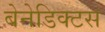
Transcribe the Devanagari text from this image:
बेनेडिक्टस